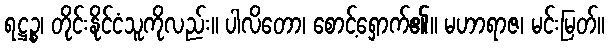
ရဋ္ဌဉ္စ၊ တိုင်းနိုင်ငံသူကိုလည်း။ ပါလိတော၊ စောင့်ရှောက်၏။ မဟာရာဇ၊ မင်းမြတ်။